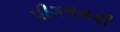
પીગલનની